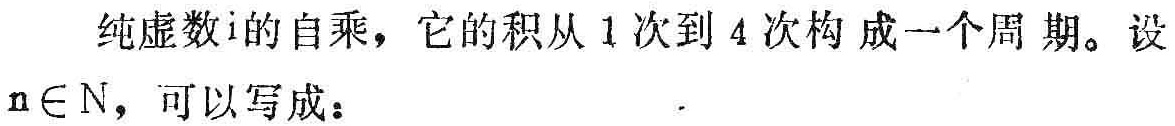
纯虚数\(i\)的自乘，它的积从 \(1\) 次到 \(4\) 次构成一个周期。设\(n\in N\)，可以写成：